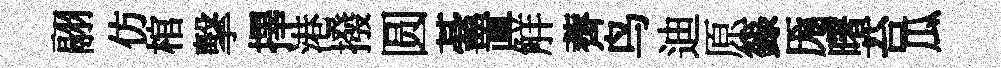
翮仿棺擊擇港撥圆䑓置觧薺鸟迪原籙厖曙苔瓜